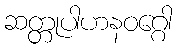
ဆတ္တုပါဟနဝဂ္ဂေါ